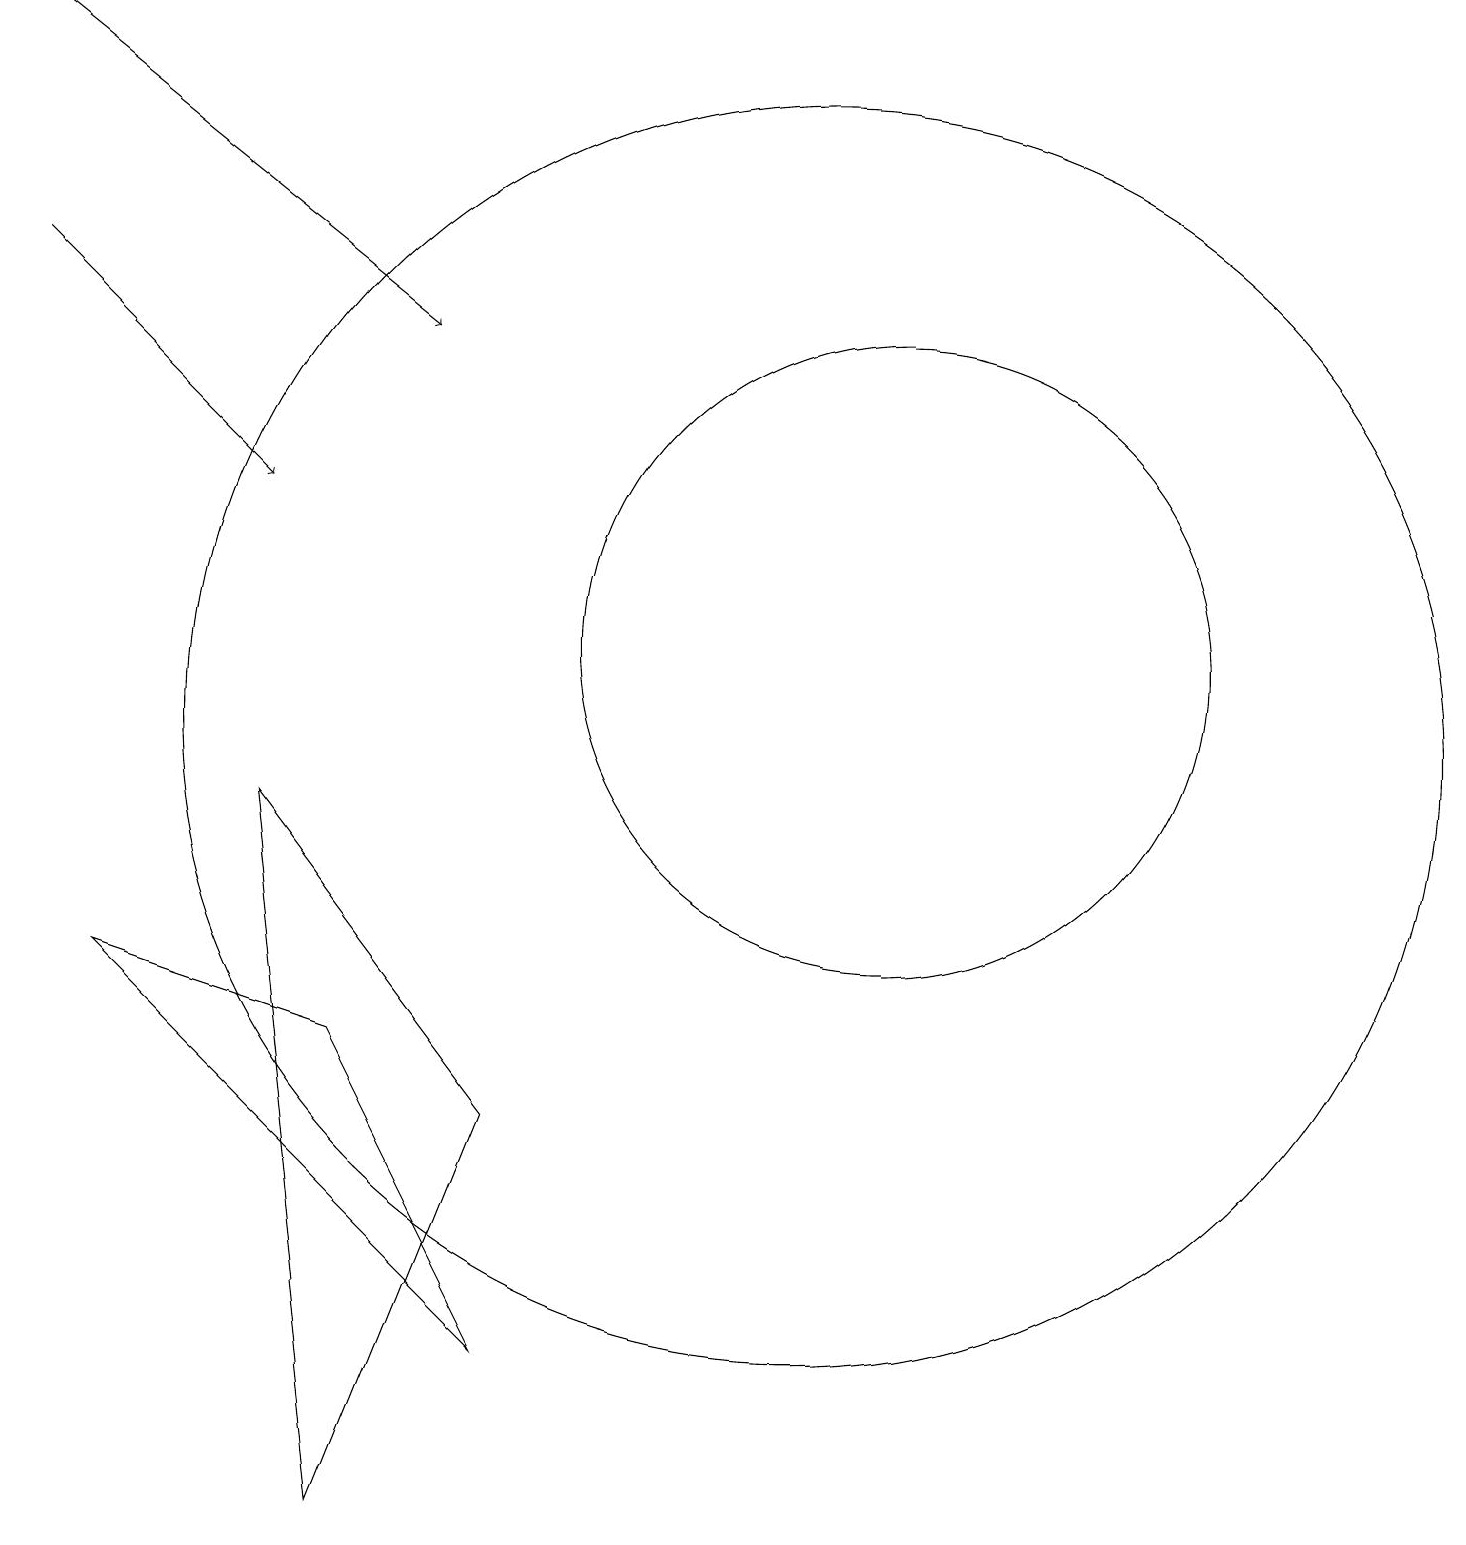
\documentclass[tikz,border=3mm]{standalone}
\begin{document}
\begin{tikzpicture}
\draw (5,0) -- (7,5) -- (4,9) -- cycle;
\draw[->] (1,16) -- (4,13);
\draw[->] (1,19) -- (6,15);
\draw (11,10) circle (8);
\draw (7,2) -- (5,6) -- (2,7) -- cycle;
\draw (12,11) circle (4);
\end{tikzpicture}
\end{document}